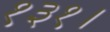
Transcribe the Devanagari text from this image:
१३१।